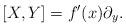
LaTeX: \begin{align*}[X,Y]=f'(x)\partial_y.\end{align*}